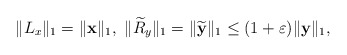
\begin{align*}\|L_{x}\|_{1}=\|{\bf x}\|_{1},~\|\widetilde{R}_{y}\|_{1}=\|\widetilde{\bf y}\|_{1}\leq(1+\varepsilon)\|{\bf y}\|_{1},\end{align*}